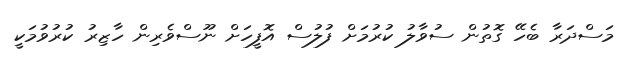
މަސްދަރާ ބެހޭ ގޮތުން ސުވާލު ކުރުމަށް ފުލުސް އޮފީހަށް ނޫސްވެރިން ހާޒިރު ކުރުވުމަކީ